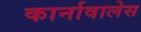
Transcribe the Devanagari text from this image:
कार्नावालेस